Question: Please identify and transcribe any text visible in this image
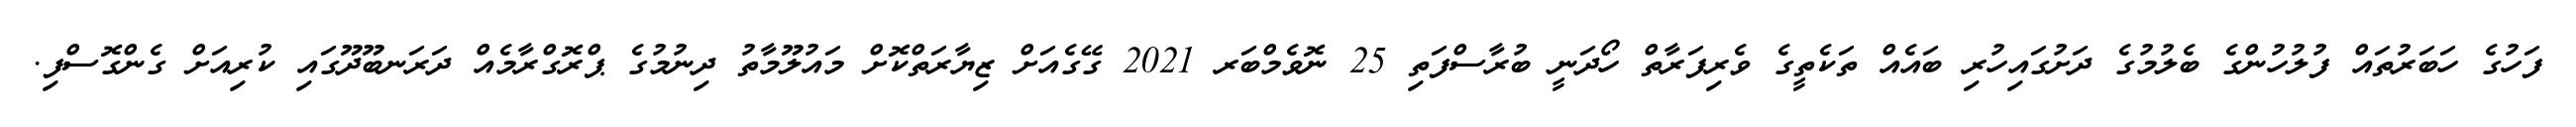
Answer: ފަހުގެ ހަބަރުތައް ފުލުހުންގެ ބެލުމުގެ ދަށުގައިހުރި ބައެއް ތަކެތީގެ ވެރިފަރާތް ހޯދަނީ ބުރާސްފަތި 25 ނޮވެމްބަރ 2021 ގޭގެއަށް ޒިޔާރަތްކޮށް މައުލޫމާތު ދިނުމުގެ ޕްރޮގްރާމެއް ދަރަނބޫދޫގައި ކުރިއަށް ގެންގޮސްފި.